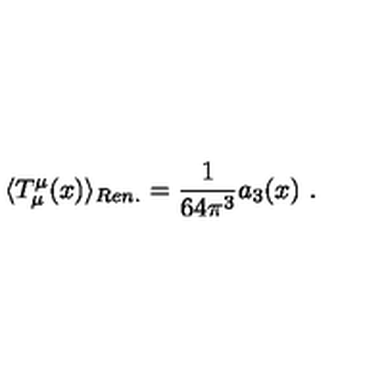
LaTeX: \langle T _ { \mu } ^ { \mu } ( x ) \rangle _ { R e n . } = \frac 1 { 6 4 \pi ^ { 3 } } a _ { 3 } ( x ) \ .